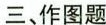
三、作图题